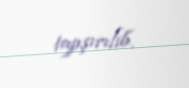
tapşırılıb.